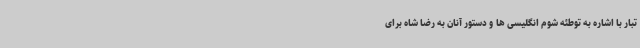
تبار با اشاره به توطئه شوم انگلیسی ها و دستور آنان به رضا شاه برای